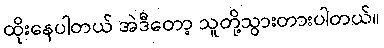
ထိုးနေပါတယ် အဲဒီတော့ သူတို့သွားတားပါတယ်။